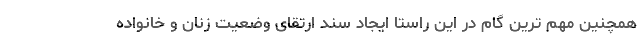
همچنین مهم ترین گام در این راستا ایجاد سند ارتقای وضعیت زنان و خانواده